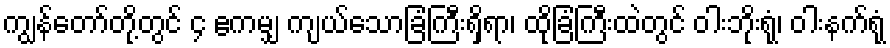
ကျွန်တော်တို့တွင် ၄ ဧကမျှ ကျယ်သောခြံကြီးရှိရာ၊ ထိုခြံကြီးထဲတွင် ဝါးဘိုးရုံ၊ ဝါးနက်ရုံ